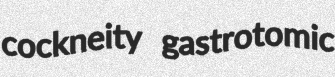
cockneity gastrotomic